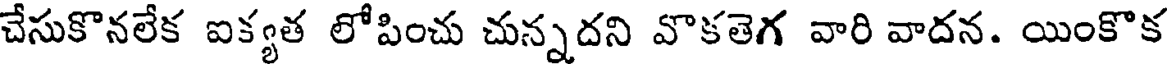
చేసుకొనలేక ఐక్యత లోపించు చున్నదని వొకతెగ వారి వాదన. యింకొక